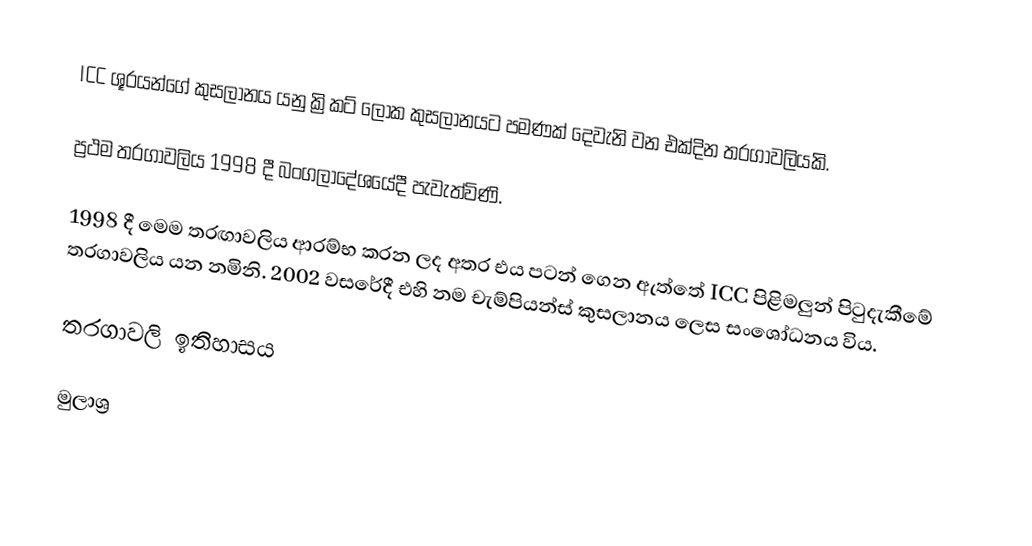
ICC ශූරයන්ගේ කුසලානය යනු ක්‍රිකට් ලෝක කුසලානයට පමණක් දෙවැනි වන එක්දින තරගාවලියකි.

ප්‍රථම තරගාවලිය 1998 දී බංගලාදේශයේදී පැවැත්විණි.

1998 දී මෙම තරඟාවලිය ආරම්භ කරන ලද අතර එය පටන් ගෙන ඇත්තේ ICC පිළිමලුන් පිටුදැකීමේ තරගාවලිය යන නමිනි. 2002 වසරේදී එහි නම චැම්පියන්ස් කුසලානය ලෙස සංශෝධනය විය.

තරගාවලි ඉතිහාසය

මුලාශ්‍ර